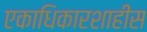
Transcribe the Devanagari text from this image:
एकाधिकारशाहीस